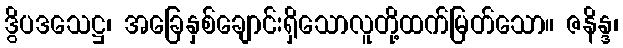
ဒွိပဒသေဋ္ဌ၊ အခြေနှစ်ချောင်းရှိသောလူတို့ထက်မြတ်သော။ ဇနိန္ဒ၊